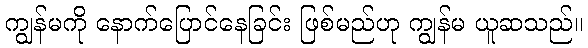
ကျွန်မကို နောက်ပြောင်နေခြင်း ဖြစ်မည်ဟု ကျွန်မ ယူဆသည်။